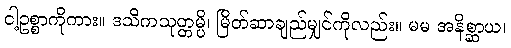
ငါ့ဥစ္စာကိုကား။ ဒသိကသုတ္တမ္ပိ၊ မြိတ်ဆာချည်မျှင်ကိုလည်း။ မမ အနိစ္ဆာယ၊